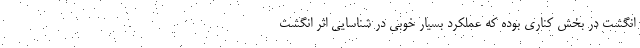
انگشت در بخش کناری بوده که عملکرد بسیار خوبی در شناسایی اثر انگشت